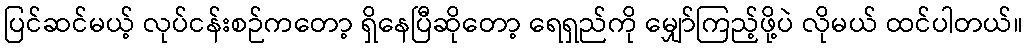
ပြင်ဆင်မယ့် လုပ်ငန်းစဉ်ကတော့ ရှိနေပြီဆိုတော့ ရေရှည်ကို မျှော်ကြည့်ဖို့ပဲ လိုမယ် ထင်ပါတယ်။